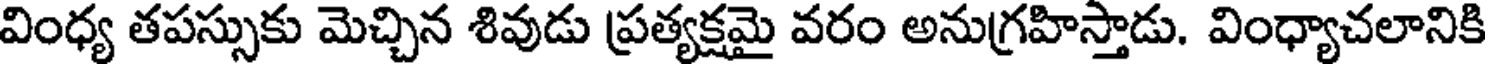
వింధ్య తపస్సుకు మెచ్చిన శివుడు ప్రత్యక్షమై వరం అనుగ్రహిస్తాడు. వింధ్యాచలానికి